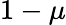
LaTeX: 1-\mu